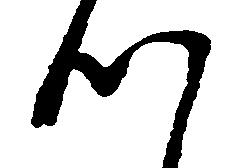
つ